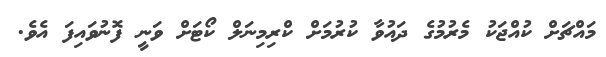
މައްޗަށް ކުއްޖަކު މެރުމުގެ ދައުވާ ކުރުމަށް ކްރިމިނަލް ކޯޓަށް ވަނީ ފޮނުވައިފަ އެވެ.